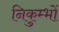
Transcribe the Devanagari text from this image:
निकुम्भों